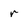
Character: r